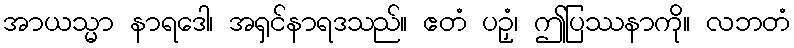
အာယသ္မာ နာရဒေါ၊ အရှင်နာရဒသည်။ ဧတံ ပဉှံ၊ ဤပြဿနာကို။ လဘတံ